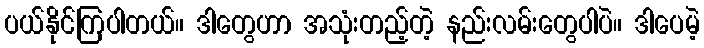
ပယ်နိုင်ကြပါတယ်။ ဒါတွေဟာ အသုံးတည့်တဲ့ နည်းလမ်းတွေပါပဲ။ ဒါပေမဲ့